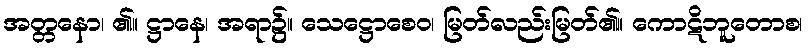
အတ္တနော၊ ၏။ ဋ္ဌာနေ၊ အရာ၌။ သေဋ္ဌောစေဝ၊ မြတ်လည်းမြတ်၏။ ကောဋိဘူတောစ၊